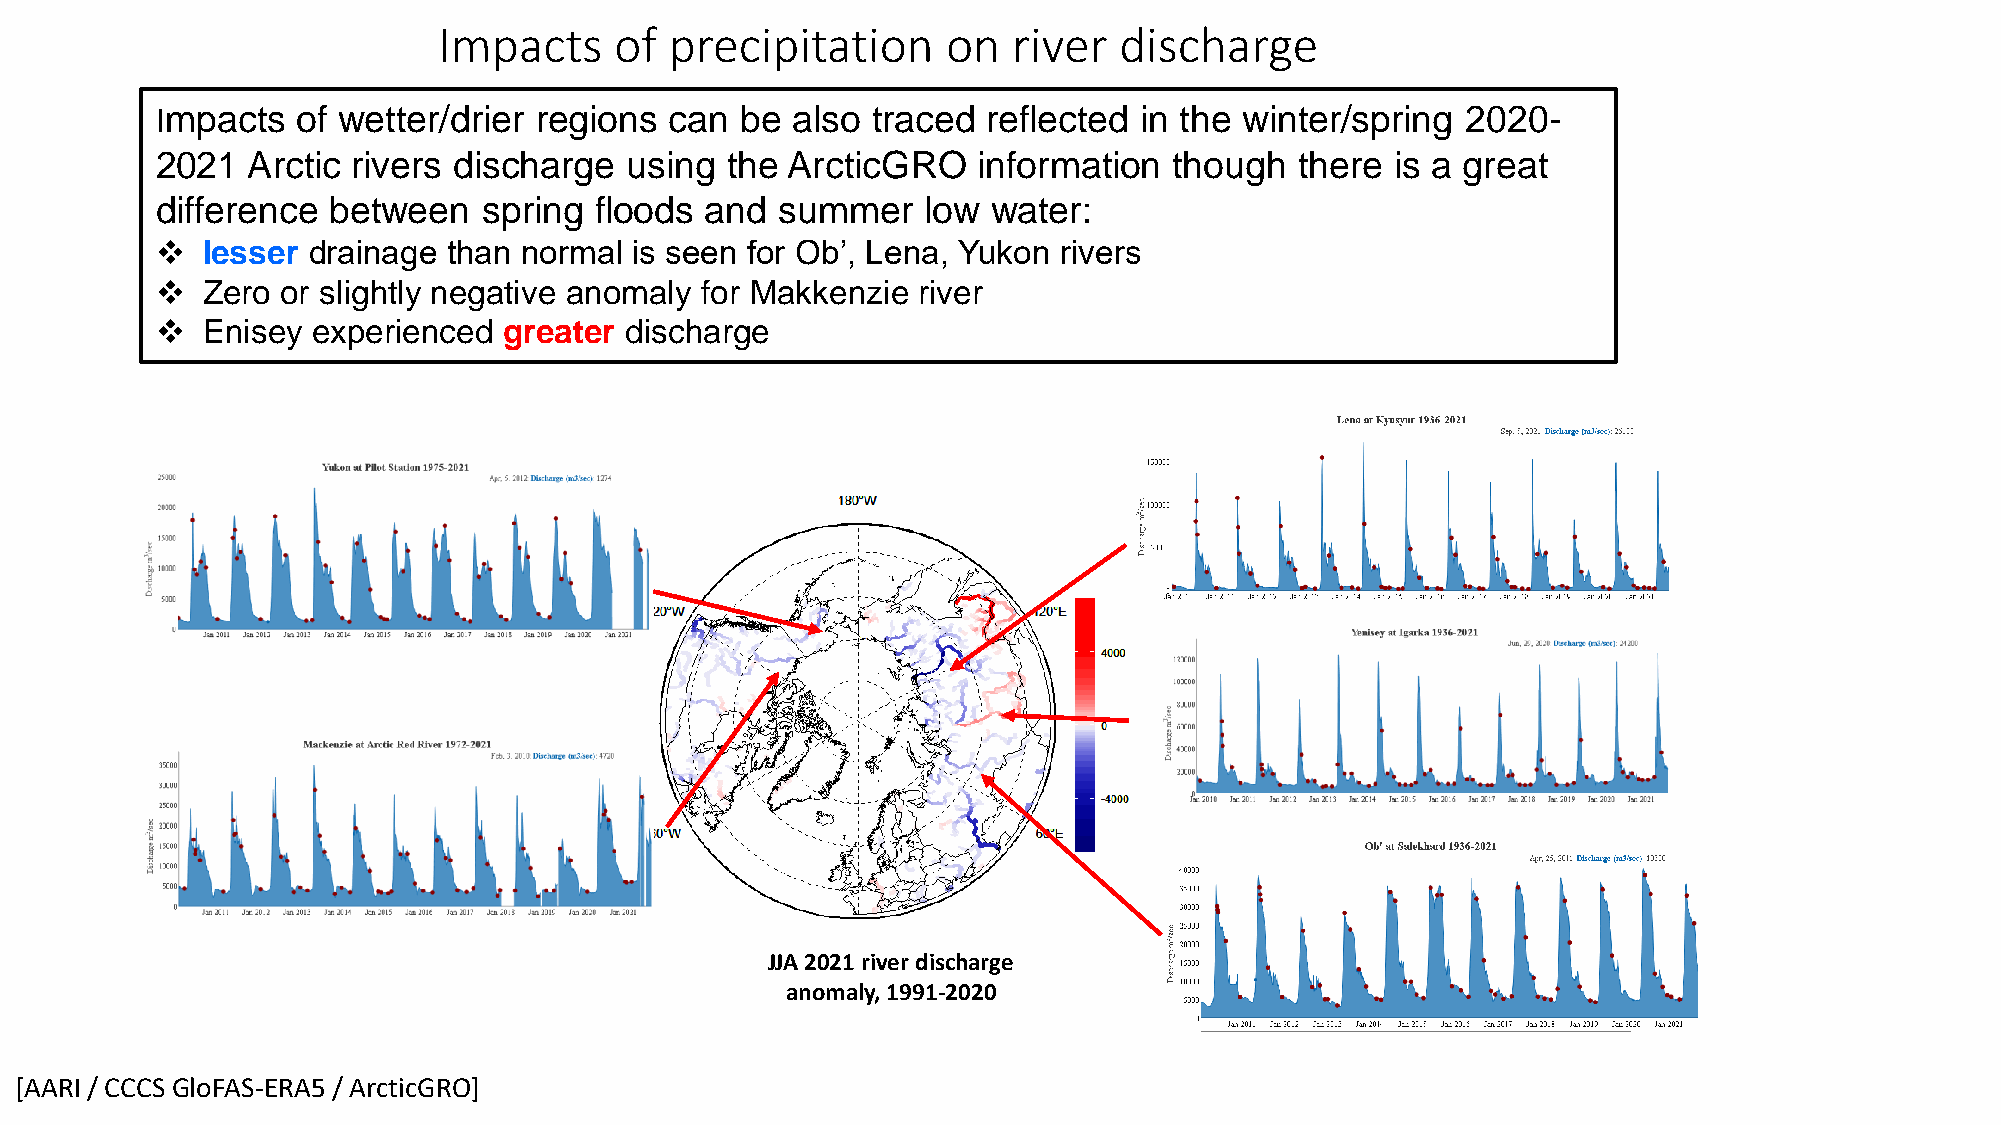
Impacts     of precipitation      on  river  discharge
 Impacts   of wetter/drier regions can  be also  traced reflected in the winter/spring  2020-
 2021  Arctic rivers discharge  using  the ArcticGRO    information  though  there is a great
 difference  between   spring floods  and summer    low  water:
 ❖  lesser drainage  than normal is seen for Ob’, Lena, Yukon rivers
 ❖  Zero  or slightly negative anomaly for Makkenzie river
 ❖  Enisey  experienced greater discharge
 JJA 2021 river discharge
 anomaly, 1991-2020
 [AARI / CCCS GloFAS-ERA5 / ArcticGRO]